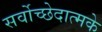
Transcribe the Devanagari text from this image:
सर्वोच्छेदात्मके